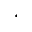
^ { \star }